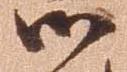
御